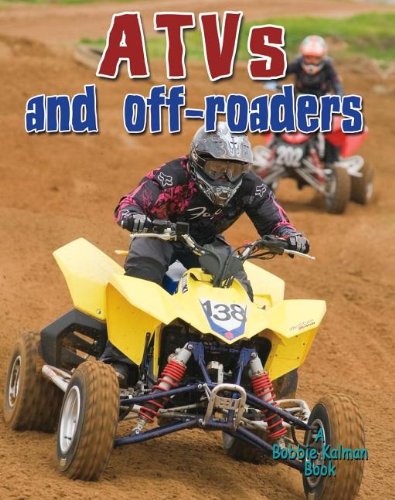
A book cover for ATVs and Off-Roaders (Vehicles on the Move); Lynn Peppas; Children's Books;